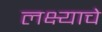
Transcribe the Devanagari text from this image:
लक्ष्याचे